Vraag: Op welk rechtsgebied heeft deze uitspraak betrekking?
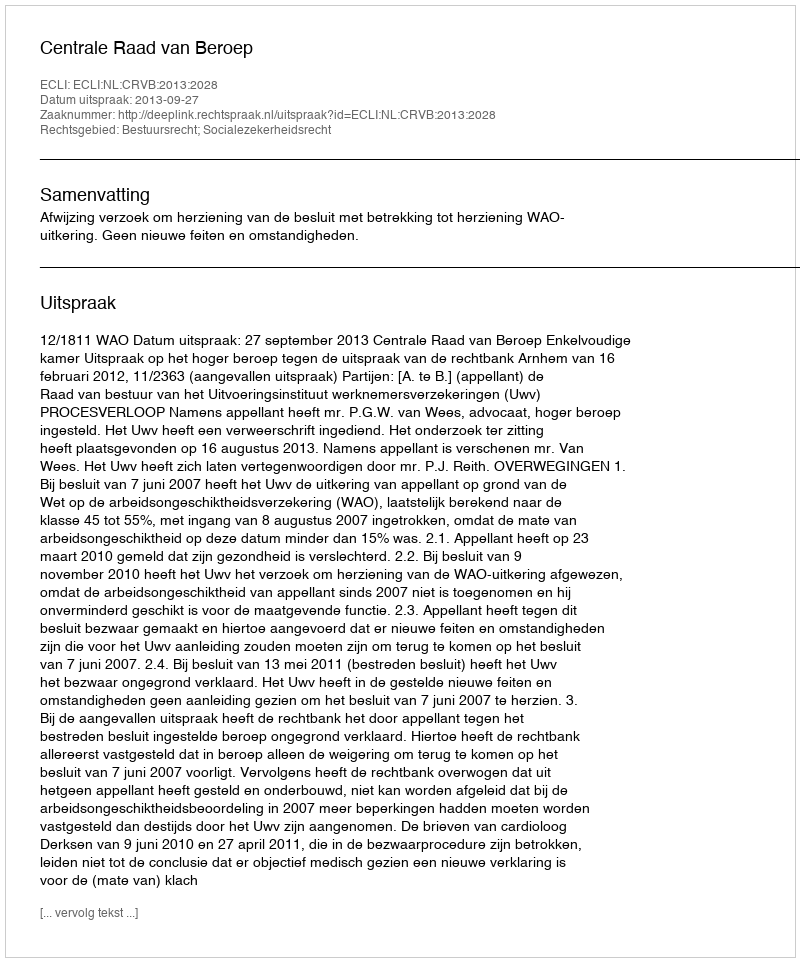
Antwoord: Bestuursrecht; Socialezekerheidsrecht